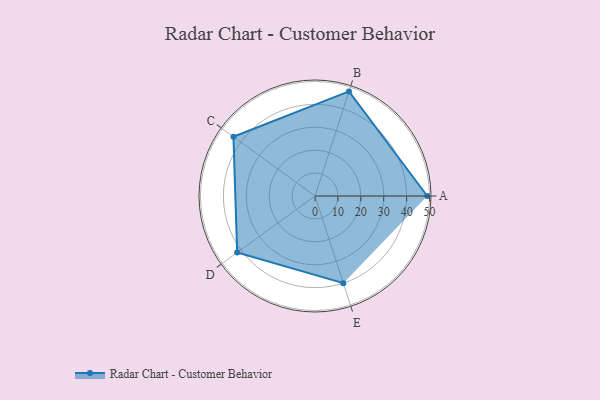
{"axis": {"x": "Skill", "y": "Score"}, "legend": ["Profile"], "data": [{"x": "A", "y": 49.0, "type": "Profile"}, {"x": "B", "y": 48.0, "type": "Profile"}, {"x": "C", "y": 44.0, "type": "Profile"}, {"x": "D", "y": 42.0, "type": "Profile"}, {"x": "E", "y": 40.0, "type": "Profile"}]}